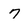
Character: 7